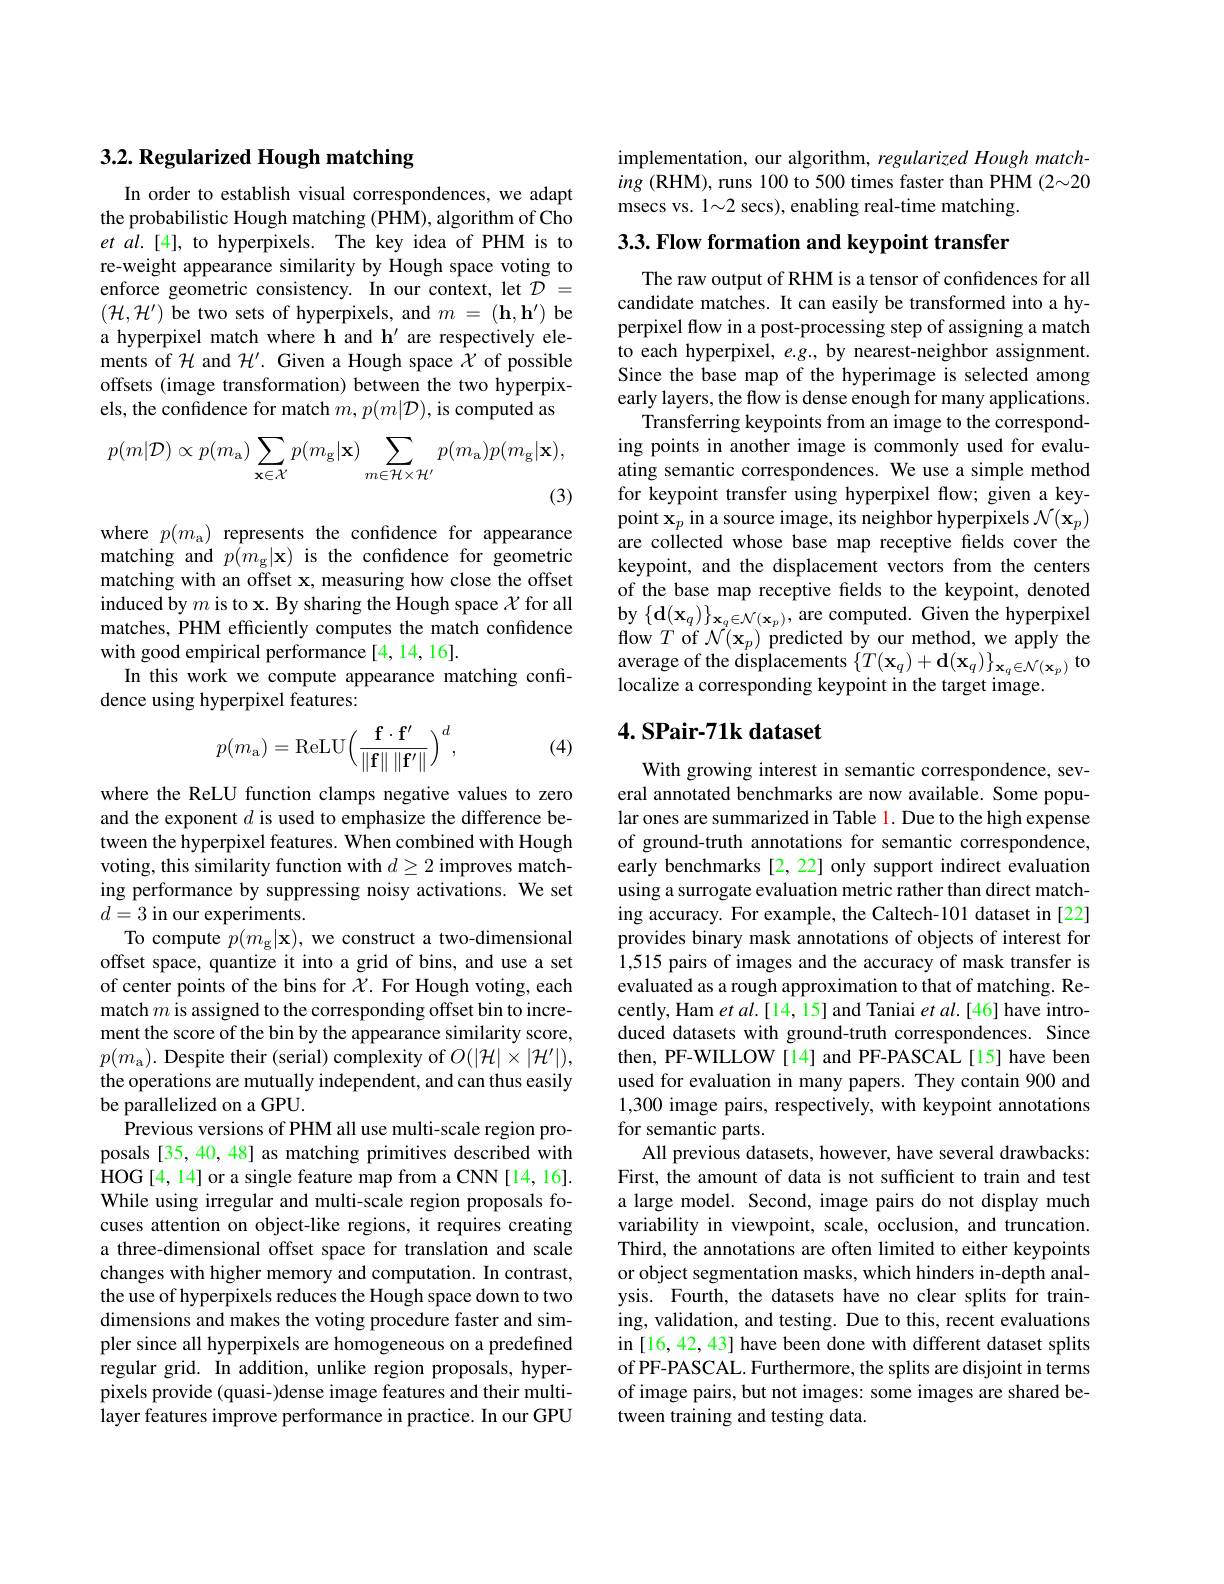
## 3.2. Regularized Hough matching

In order to establish visual correspondences, we adapt the probabilistic Hough matching (PHM), algorithm of Cho et al.[4], to hyperpixels. The key idea of PHM is to re-weight appearance similarity by Hough space voting to enforce geometric consistency. In our context, let $\tilde{\mathcal{D}}=$ $(\mathcal{H},\mathcal{H}^{\prime})$ be two sets of hyperpixels, and $m=(\mathbf{h},\mathbf{h}^{\prime})$ be a hyperpixel match where h and h' are respectively elements of $\mathcal{H}$ and $\mathcal{H}^\prime.$ Given a Hough space $\mathcal{X}$ of possible offsets (image transformation) between the two hyperpixels, the confidence for match $m,p(m|\mathcal{D})$, is computed as
$$p(m|\mathcal D)\propto p(m_\mathrm{a})\sum_{\mathbf{x}\in\mathcal X}p(m_\mathrm{g}|\mathbf{x})\sum_{m\in\mathcal H\times\mathcal H^{\prime}}p(m_\mathrm{a})p(m_\mathrm{g}|\mathbf{x}),$$
(3)

where $p(m_{\mathrm{a}})$ represents the confidence for appearance matching and $p( m_{\mathrm{g} }| \mathbf{x} )$ is the confidence for geometric matching with an offset x, measuring how close the offset induced by $m$ is to x. By sharing the Hough space $\mathcal{X}$ for all matches, PHM efficiently computes the match confidence with good empirical performance [4,14,16].
In this work we compute appearance matching confi-
dence using hyperpixel features:

(4)
$$p(m_\mathrm{a})=\mathrm{ReLU}\Big(\frac{\mathbf{f}\cdot\mathbf{f}'}{\left\|\mathbf{f}\right\|\left\|\mathbf{f}'\right\|}\Big)^d,$$
where the ReLU function clamps negative values to zero and the exponent $d$ is used to emphasize the difference between the hyperpixel features. When combined with Hough voting, this similarity function with $d\geq2$ improves matching performance by suppressing noisy activations. We set $d=3$ in our experiments.
To compute $p( m_{\mathrm{g} }| \mathbf{x} ) $, we construct a two-dimensional offset space, quantize it into a grid of bins, and use a set of center points of the bins for $\chi$. For Hough voting, each match $m$ is assigned to the corresponding offset bin to increment the score of the bin by the appearance similarity score, $p(m_{\mathrm{a}}).$ Despite their (serial) complexity of $O(|\mathcal{H}|\times|\mathcal{H}^{\prime}|)$, the operations are mutually independent, and can thus easily be parallelized on a GPU.
${\mathrm{Previous~versions~of~PHM~all~use~multi-scale~region~pro-}}$ posals [35, 40, 48] as matching primitives described with HOG[4,14] or a single feature map from a CNN[14,16]. While using irregular and multi-scale region proposals focuses attention on object-like regions, it requires creating a three-dimensional offset space for translation and scale changes with higher memory and computation. In contrast, the use of hyperpixels reduces the Hough space down to two dimensions and makes the voting procedure faster and simpler since all hyperpixels are homogeneous on a predefined regular grid. In addition, unlike region proposals, hyperpixels provide (quasi-)dense image features and their multilayer features improve performance in practice. In our GPU

implementation, our algorithm, regularized Hough matching (RHM), runs 100 to 500 times faster than PHM (2~20 msecs vs. 1~2 secs), enabling real-time matching.

$3. 3. \textbf{Flow formation and keypoint transfer}$

The raw output of RHM is a tensor of confidences for all candidate matches. It can easily be transformed into a hyperpixel flow in a post-processing step of assigning a match to each hyperpixel, $e.g.$, by nearest-neighbor assignment. Since the base map of the hyperimage is selected among early layers, the flow is dense enough for many applications.
Transferring keypoints from an image to the corresponding points in another image is commonly used for evaluating semantic correspondences. We use a simple method for keypoint transfer using hyperpixel flow; given a keypoint $\mathbf{x}_p$ in a source image, its neighbor hyperpixels $\mathcal{N}(\mathbf{x}_p)$ are collected whose base map receptive fields cover the keypoint, and the displacement vectors from the centers of the base map receptive fields to the keypoint, denoted $\operatorname{by}\left\{\mathbf{d}(\mathbf{x}_q)\right\}_{\mathbf{x}_q\in\mathcal{N}(\mathbf{x}_p)}$, are computed. Given the hyperpixel flow $T$ of $\mathcal{N} ( \mathbf{x} _{p})$ predicted by our method, we apply the average of the displacements$\left \{ T( \mathbf{x} _{q}) + \mathbf{d} ( \mathbf{x} _{q}) \right \} _{\mathbf{x} _{q}\in \mathcal{N} ( \mathbf{x} _{p}) }$ to localize a corresponding keypoint in the target image.

## $4. \textbf{ SPair- 71k dataset}$

With growing interest in semantic correspondence, several annotated benchmarks are now available. Some popular ones are summarized in Table 1. Due to the high expense of ground-truth annotations for semantic correspondence, early benchmarks [2, 22] only support indirect evaluation using a surrogate evaluation metric rather than direct matching accuracy. For example, the Caltech-101 dataset in [22] provides binary mask annotations of objects of interest for 1,515 pairs of images and the accuracy of mask transfer is evaluated as a rough approximation to that of matching. Recently, Ham $etal.[14,15]$ and Taniai $etal.[46]$ have introduced datasets with ground-truth correspondences. Since then, PF-WILLOW [14] and PF-PASCAL[15] have been used for evaluation in many papers. They contain 900 and 1,300 image pairs, respectively, with keypoint annotations for semantic parts.
All previous datasets, however, have several drawbacks: First, the amount of data is not sufficient to train and test a large model. Second, image pairs do not display much variability in viewpoint, scale, occlusion, and truncation. Third, the annotations are often limited to either keypoints or object segmentation masks, which hinders in-depth analysis. Fourth, the datasets have no clear splits for training, validation, and testing. Due to this, recent evaluations in [16, 42, 43] have been done with different dataset splits of PF-PASCAL. Furthermore, the splits are disjoint in terms of image pairs, but not images: some images are shared between training and testing data.